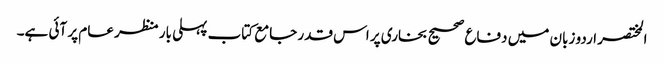
المختصر اردو زبان میں دفاع صحیح بخاری پر اس قدر جامع کتاب پہلی بار منظر عام پر آئی ہے۔